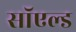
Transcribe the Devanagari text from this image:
सॉएल्ड